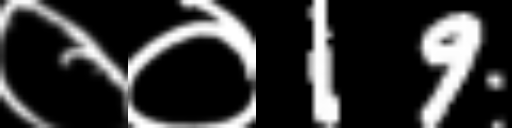
Text: ००19